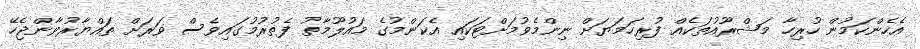
އެހެންކަމުން ހުރިހާ މަޝްރޫއުތަކެއް ފުރިހަމަޔަށް ނިންމެވުމަށްޓަކައި އެކަންމުގެ މައުލޫމާތު ފެތުރުމުގައިވެސް ވަރަށް ތައްޔާރުވާންޖެހޭ